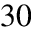
3 0